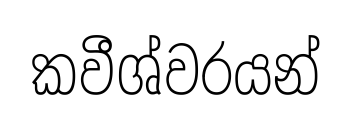
කවීශ්වරයන්